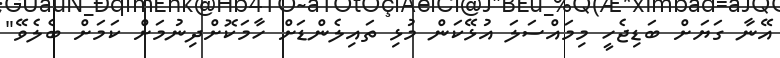
އޭނާ ގަޔަށް ބަޑިޖެހީ މިމައްސަލަ އުޅޭކަން މުޅި ތައިލެންޑަށް ހާމަކޮށްދިނުމަށް ކަމަށް ބެލެވޭ"